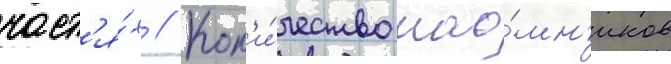
част'я́х // Кол'и́чество нао́мн'иков